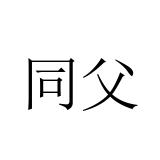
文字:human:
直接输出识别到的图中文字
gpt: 同父